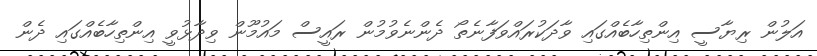
އަލުން ރިޔާސީ އިންތިހާބެއްގައި ވާދަކުރައްވަފާނެތޯ ދެންނެވުމުން ރައީސް މައުމޫން ވިދާޅުވީ އިންތިހާބެއްގައި ދެން